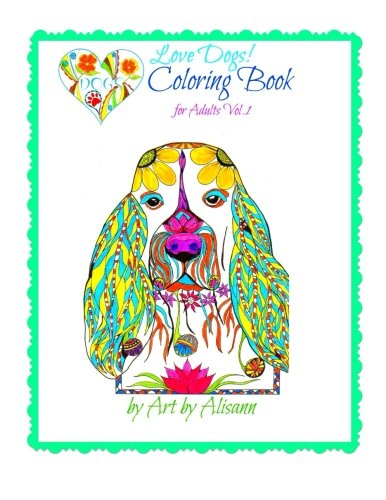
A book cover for Love Dogs Coloring Book for Adults (Volume 1); Alisann Smookler; Crafts, Hobbies & Home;